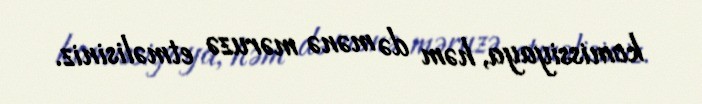
komissiyaya, həm də mənə məruzə etməlisiniz.